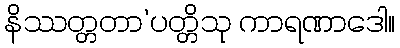
နိဿတ္တတာ’ပတ္တိသု ကာရဏာဒေါ။